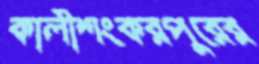
কালীশংকরপুরের